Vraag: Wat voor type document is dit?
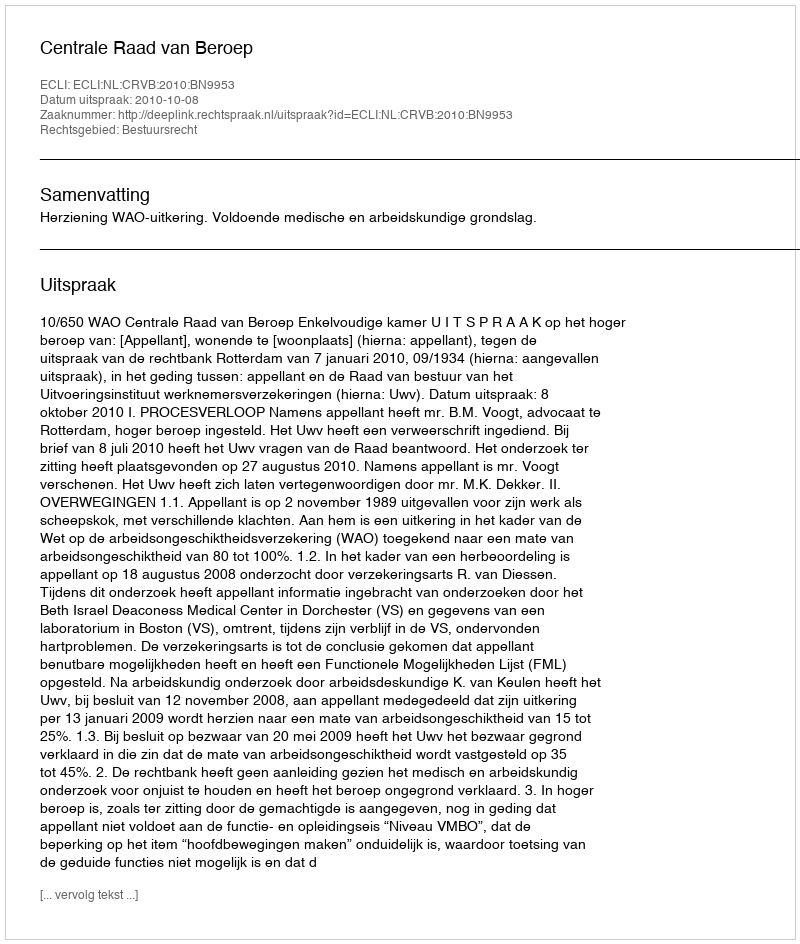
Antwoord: Uitspraak